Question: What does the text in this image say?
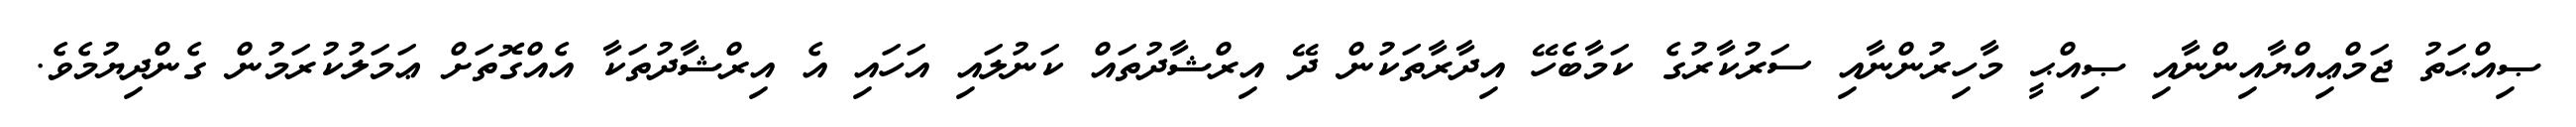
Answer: ޞިއްޙަތު ޖަމްޢިއްޔާއިންނާއި ޞިއްޙީ މާހިރުންނާއި ސަރުކާރުގެ ކަމާބެހޭ އިދާރާތަކުން ދޭ އިރްޝާދުތައް ކަނުލައި އަހައި އެ އިރްޝާދުތަކާ އެއްގޮތަށް ޢަމަލުކުރަމުން ގެންދިޔުމެވެ.